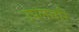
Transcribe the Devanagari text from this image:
उपलसरि